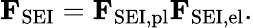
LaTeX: \mathbf{F}_{\mathrm{SEI}}=\mathbf{F}_{\mathrm{SEI,pl}}\mathbf{F}_{\mathrm{SEI,el}}.